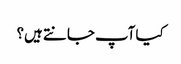
کیا آپ جانتے ہیں؟